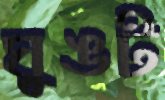
ঘুঙট